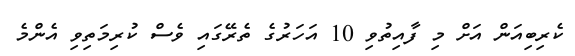
ކެރިބިއަން އަށް މި ފާއިތުވި 10 އަހަރުގެ ތެރޭގައި ވެސް ކުރިމަތިވި އެންމެ